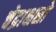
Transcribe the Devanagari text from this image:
चेद्राक्षसो